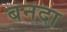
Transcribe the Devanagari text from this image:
बनदा